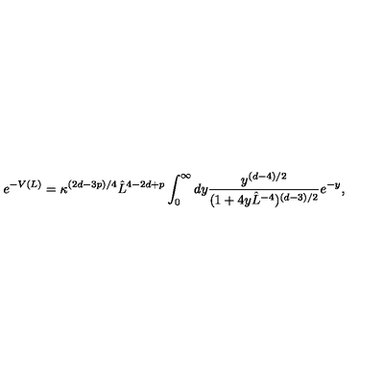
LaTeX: e ^ { - V ( L ) } = \kappa ^ { ( 2 d - 3 p ) / 4 } \hat { L } ^ { 4 - 2 d + p } \int _ { 0 } ^ { \infty } d y { \frac { y ^ { ( d - 4 ) / 2 } } { ( 1 + 4 y \hat { L } ^ { - 4 } ) ^ { ( d - 3 ) / 2 } } } e ^ { - y } ,